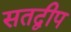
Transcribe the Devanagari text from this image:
सतद्वीप